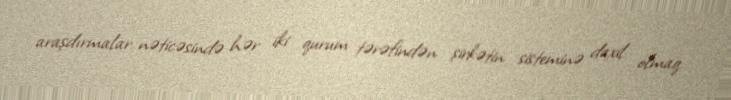
araşdırmalar nəticəsində hər iki qurum tərəfindən şirkətin sisteminə daxil olmaq